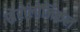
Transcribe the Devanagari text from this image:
सेरोलॉजिकल